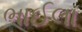
ભાઈલા